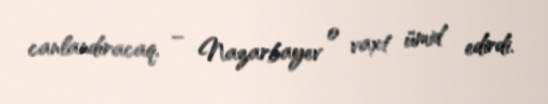
canlandıracaq, – Nazarbayev o vaxt ümid edirdi.